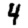
Digit: 4